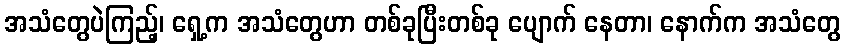
အသံတွေပဲကြည့်၊ ရှေ့က အသံတွေဟာ တစ်ခုပြီးတစ်ခု ပျောက် နေတာ၊ နောက်က အသံတွေ